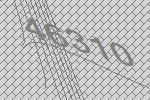
46310